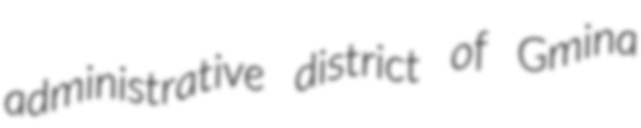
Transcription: administrative district of Gmina